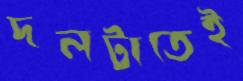
দলটাতেই